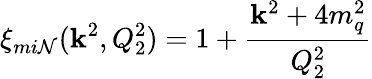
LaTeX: \xi_{mi\mathcal{N}}(\mathbf{k}^{2},Q_{2}^{2})=1+{\frac{{\mathbf{k}^{2}+4m_{q}^{2}}}{{Q_{2}^{2}}}}